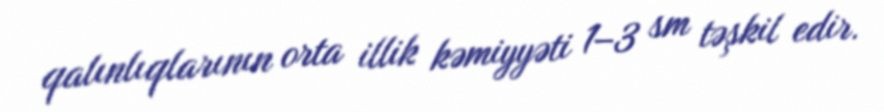
qalınlıqlarının orta illik kəmiyyəti 1–3 sm təşkil edir.